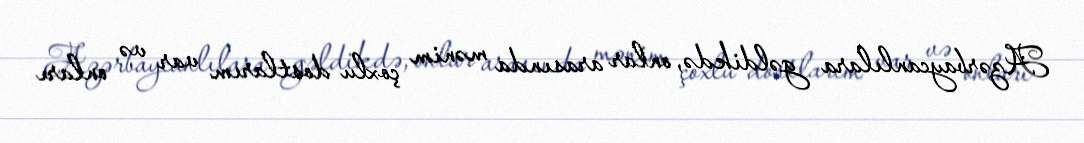
Azərbaycanlılara gəldikdə, onlar arasında mənim çoxlu dostlarım var və onları